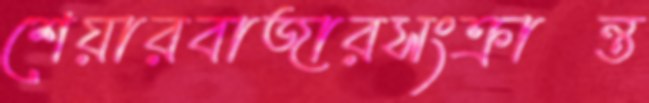
শেয়ারবাজারসংক্রান্ত